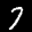
Label: 7